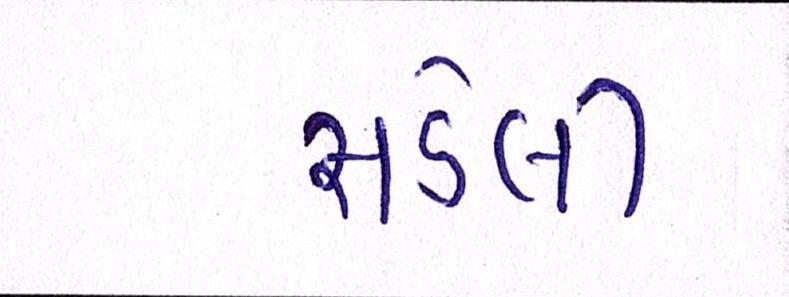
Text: સડેલી